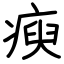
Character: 瘐